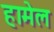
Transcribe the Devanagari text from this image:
हामेल